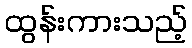
ထွန်းကားသည့်